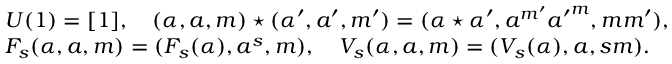
\begin{array} { r l } & { U ( 1 ) = [ 1 ] , \quad ( \alpha , a , m ) \star ( \alpha ^ { \prime } , a ^ { \prime } , m ^ { \prime } ) = ( \alpha \star \alpha ^ { \prime } , a ^ { m ^ { \prime } } { a ^ { \prime } } ^ { m } , m m ^ { \prime } ) , } \\ & { F _ { s } ( \alpha , a , m ) = ( F _ { s } ( \alpha ) , a ^ { s } , m ) , \quad V _ { s } ( \alpha , a , m ) = ( V _ { s } ( \alpha ) , a , s m ) . } \end{array}